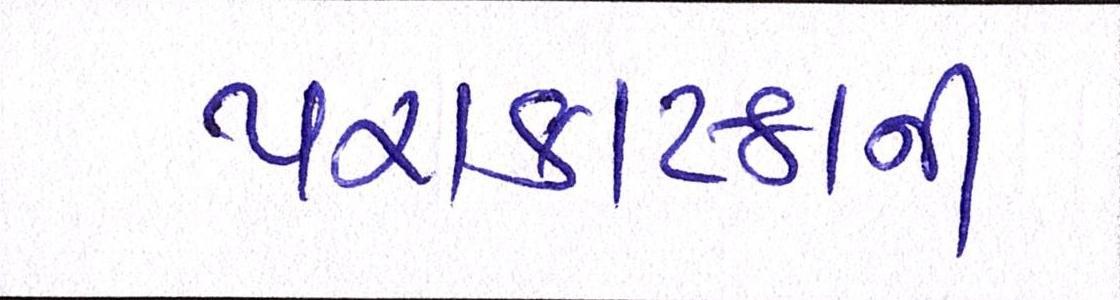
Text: પરાકાષ્ઠાની